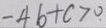
- 4 b + c > 0